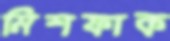
মিশফাক